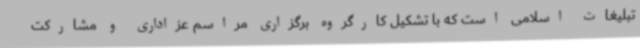
تبلیغات اسلامی است که با تشکیل کارگروه برگزاری مراسم عزاداری و مشارکت